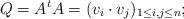
LaTeX: \begin{align*}Q= A^t A =(v_i \cdot v_j)_{1\leq i, j\leq n};\end{align*}